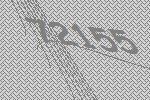
72155